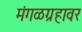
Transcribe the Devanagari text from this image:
मंगळग्रहावर